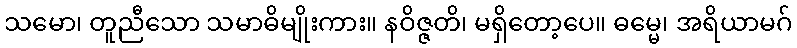
သမော၊ တူညီသော သမာဓိမျိုးကား။ နဝိဇ္ဇတိ၊ မရှိတော့ပေ။ ဓမ္မေ၊ အရိယာမဂ်